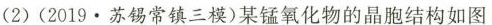
(2)(2019.苏锡常镇三模)某锰氧化物的晶胞结构如图